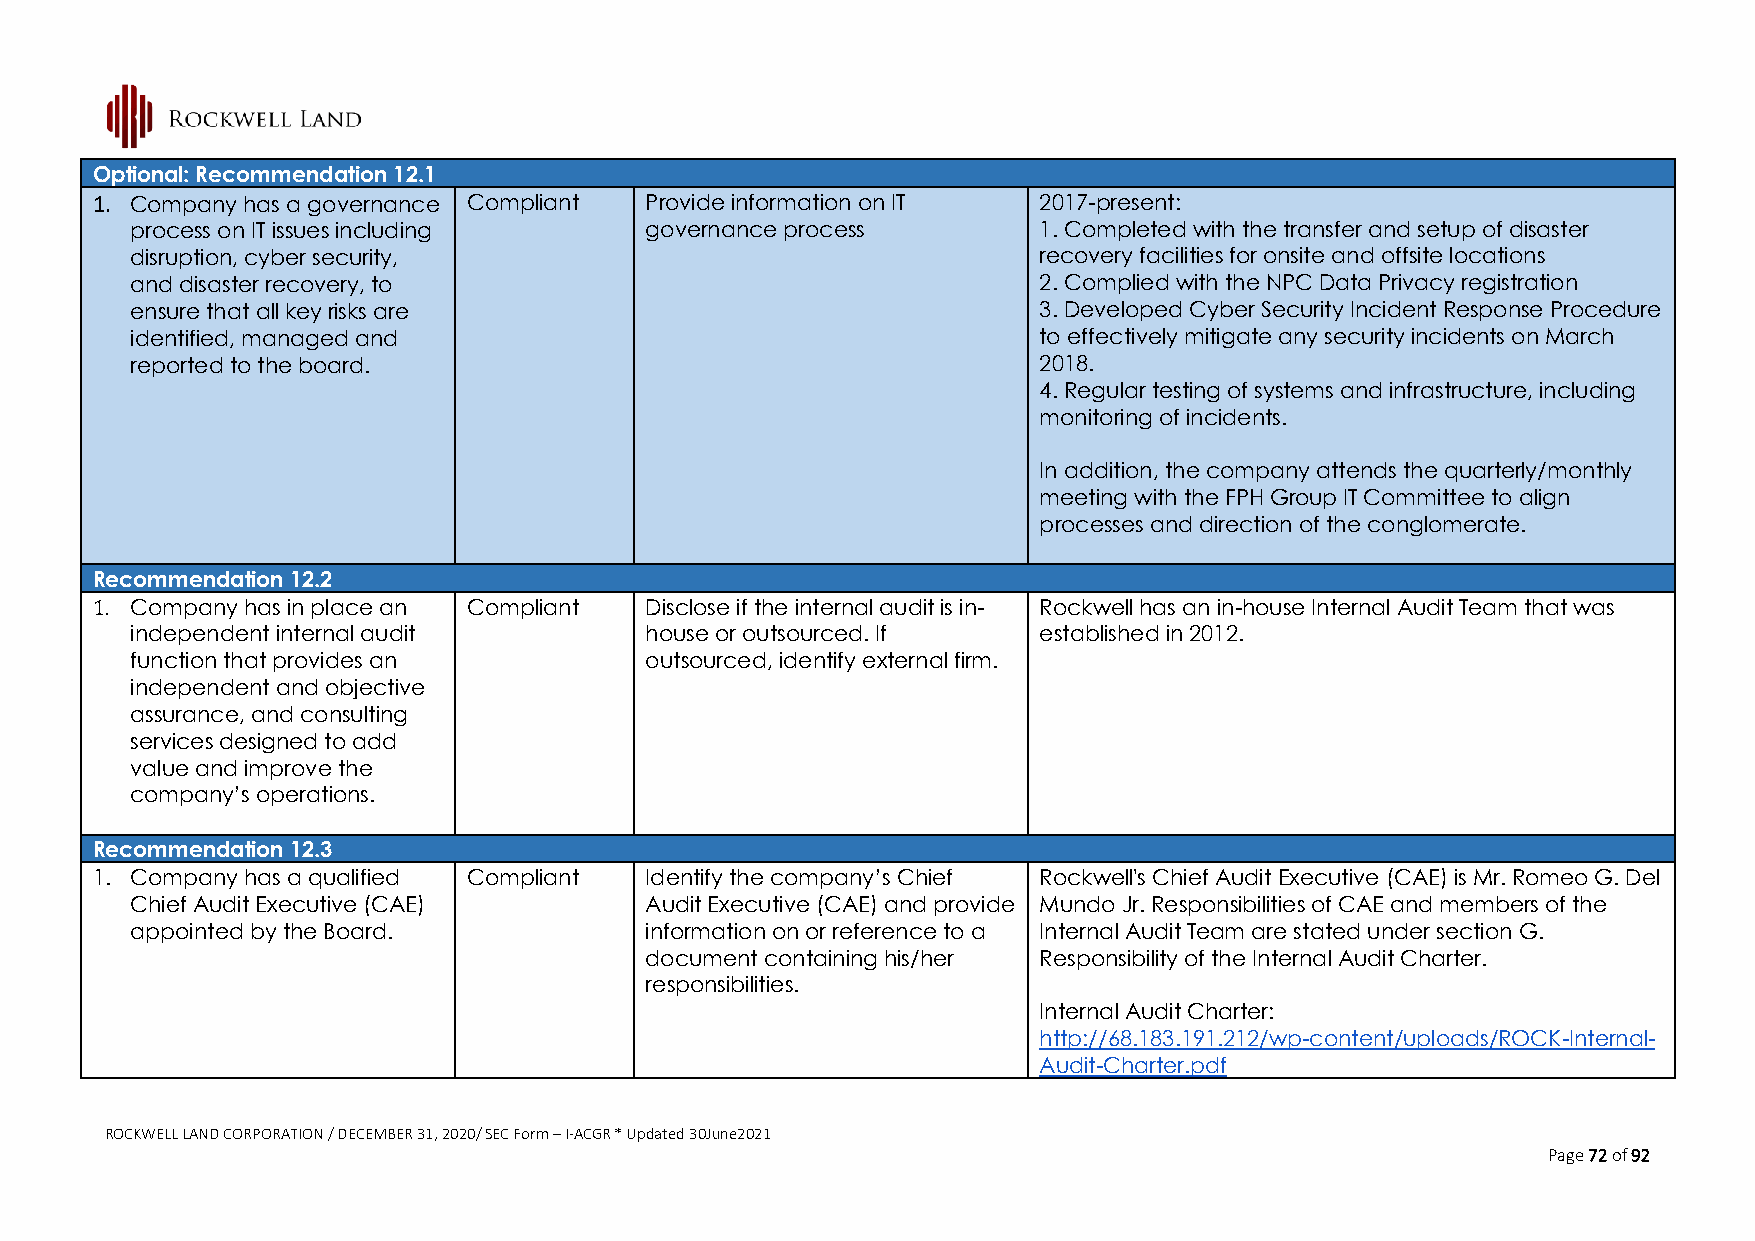
Optional: Recommendation 12.1
 1. Company has a governance Compliant Provide information on IT 2017-present:
 process on IT issues including    governance process        1. Completed with the transfer and setup of disaster
 disruption, cyber security,                                 recovery facilities for onsite and offsite locations
 and disaster recovery, to                                   2. Complied with the NPC Data Privacy registration
 ensure that all key risks are                               3. Developed Cyber Security Incident Response Procedure
 identified, managed and                                     to effectively mitigate any security incidents on March
 reported to the board.                                      2018.
 4. Regular testing of systems and infrastructure, including
 monitoring of incidents.
 In addition, the company attends the quarterly/monthly
 meeting with the FPH Group IT Committee to align
 processes and direction of the conglomerate.
 Recommendation 12.2
 1. Company has in place an Compliant Disclose if the internal audit is in- Rockwell has an in-house Internal Audit Team that was
 independent internal audit        house or outsourced. If   established in 2012.
 function that provides an         outsourced, identify external firm.
 independent and objective
 assurance, and consulting
 services designed to add
 value and improve the
 company’s operations.
 Recommendation 12.3
 1. Company has a qualified Compliant Identify the company’s Chief Rockwell's Chief Audit Executive (CAE) is Mr. Romeo G. Del
 Chief Audit Executive (CAE)       Audit Executive (CAE) and provide Mundo Jr. Responsibilities of CAE and members of the
 appointed by the Board.           information on or reference to a Internal Audit Team are stated under section G.
 document containing his/her Responsibility of the Internal Audit Charter.
 responsibilities.
 Internal Audit Charter:
 http://68.183.191.212/wp-content/uploads/ROCK-Internal-
 Audit-Charter.pdf
 ROCKWELL LAND CORPORATION / DECEMBER 31, 2020/ SEC Form – I-ACGR * Updated 30June2021
 Page 72 of 92